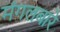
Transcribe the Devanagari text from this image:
मंगलबारे